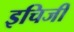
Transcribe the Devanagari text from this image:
इचिजी